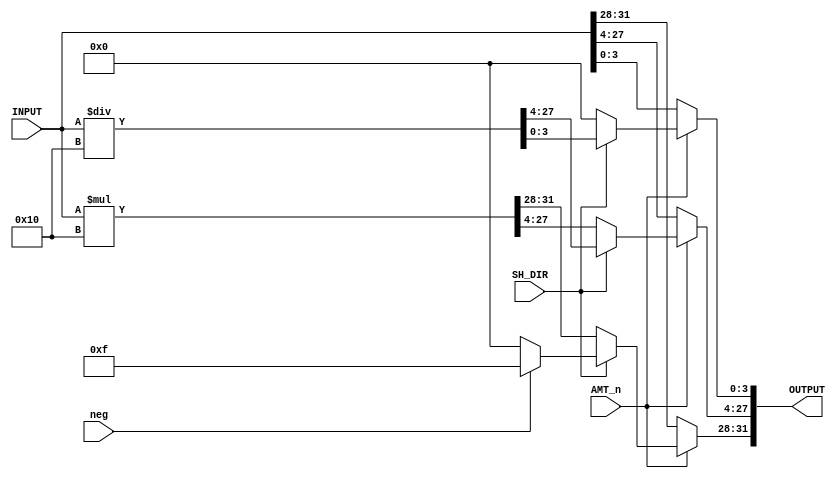
`timescale 1 ns/1 ns

module Shifter_4_Bit(SH_DIR, AMT_n, INPUT, OUTPUT, neg);

   input SH_DIR;
   input AMT_n;
   input neg;
   input [31:0] INPUT;
   output reg [31:0] OUTPUT;

   always @* begin
   	if(AMT_n == 1)begin 	
		if(SH_DIR == 1) begin        
			OUTPUT <= INPUT / (2**4);   
			if(neg == 1) OUTPUT[31:28] <= 4'b1111;  
			else OUTPUT[31:28] <= 4'b0000;         
		end
		else begin                    
			OUTPUT <= INPUT * (2**4);    
			OUTPUT[3:0] <= 4'b0000;          
		end
   	end
	else begin
		OUTPUT <= INPUT;
	end
   end
   
endmodule